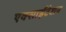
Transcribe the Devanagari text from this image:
एक्साईटेशन